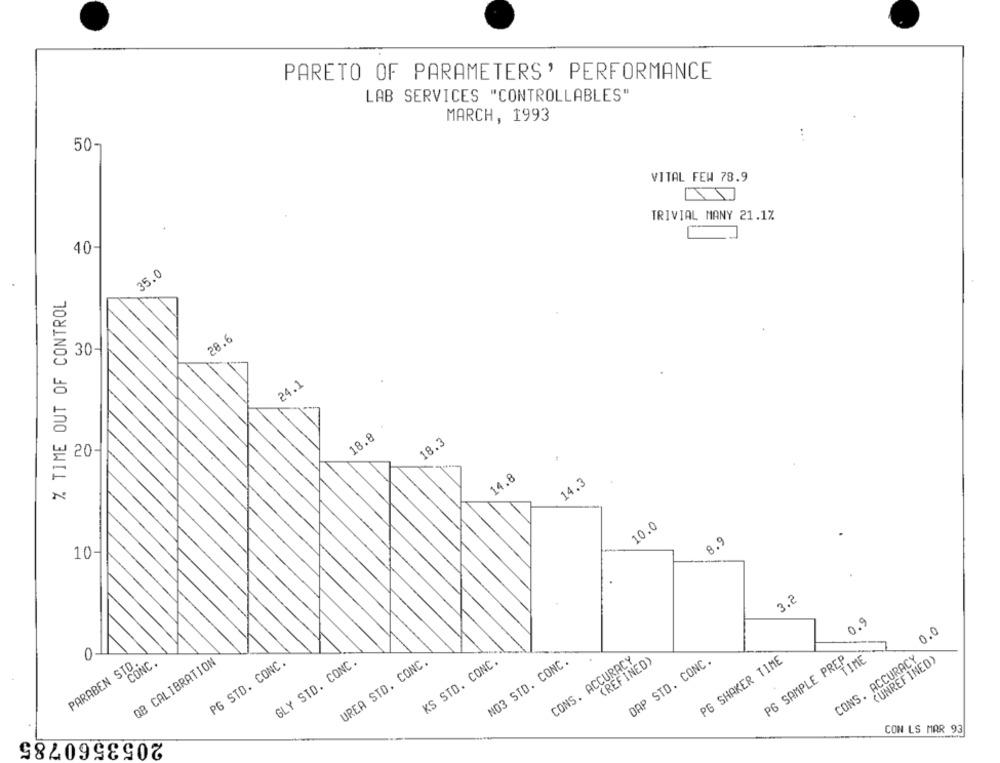
PARETO OF PARAMETERS' PERFORMANCE
LAB SERVICES "CONTROLLABLES"
MARCH, 1993
50-
VITAL FEW 78.9
TRIVIAL MANY 21.1%
.
40
35.0
% TIME OUT OF CONTROL
28.6
: 30-
24.1
18.8 .
18.3
20-
14.8
14.3
10.0
8.9
10-
3.2
0.9
0.0
0
CONS. ACCURACY
PG SHAKER TIME
P6 SAMPLE PREP
CONS. ACCURACY
TIME
PARABEN STO.
CONC .
QB CALIBRATION
PG STD. CONC.
GLY STD. CONC.
UREA STD. CONC.
KS STD. CONC.
NO3 STD. CONC.
(REFINED)
DAP STD. CONC.
(UNREFINED)
CON LS MAR 93
2053560785